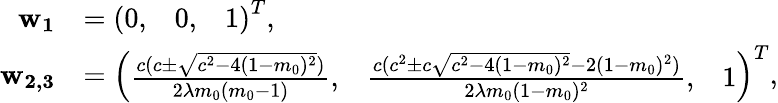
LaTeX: \begin{array}{rl}{\mathbf{w_{1}}}&{=\left(\begin{array}{lll}{0,}&{0,}&{1}\end{array}\right)^{T},}\\ {\mathbf{w_{2,3}}}&{=\left(\begin{array}{lll}{\frac{c(c\pm\sqrt{c^{2}-4(1-m_{0})^{2}})}{2\lambda m_{0}(m_{0}-1)},}&{\frac{c(c^{2}\pm c\sqrt{c^{2}-4(1-m_{0})^{2}}-2(1-m_{0})^{2})}{2\lambda m_{0}(1-m_{0})^{2}},}&{1}\end{array}\right)^{T},}\end{array}